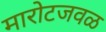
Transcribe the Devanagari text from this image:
मारोटजवळ